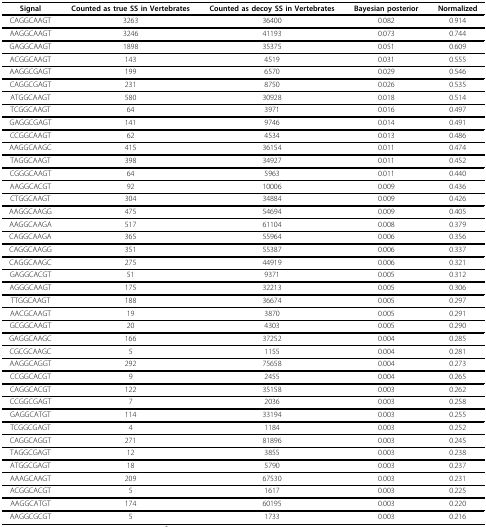
<table><thead><tr><td><b>Signal</b></td><td><b>Counted as true SS in Vertebrates</b></td><td><b>Counted as decoy SS in Vertebrates</b></td><td><b>Bayesian posterior</b></td><td><b>Normalized</b></td></tr></thead><tbody><tr><td>CAGGCAAGT</td><td>3263</td><td>36400</td><td>0.082</td><td>0.914</td></tr><tr><td>AAGGCAAGT</td><td>3246</td><td>41193</td><td>0.073</td><td>0.744</td></tr><tr><td>GAGGCAAGT</td><td>1898</td><td>35375</td><td>0.051</td><td>0.609</td></tr><tr><td>ACGGCAAGT</td><td>143</td><td>4519</td><td>0.031</td><td>0.555</td></tr><tr><td>AAGGCGAGT</td><td>199</td><td>6570</td><td>0.029</td><td>0.546</td></tr><tr><td>CAGGCGAGT</td><td>231</td><td>8750</td><td>0.026</td><td>0.535</td></tr><tr><td>ATGGCAAGT</td><td>580</td><td>30928</td><td>0.018</td><td>0.514</td></tr><tr><td>TCGGCAAGT</td><td>64</td><td>3971</td><td>0.016</td><td>0.497</td></tr><tr><td>GAGGCGAGT</td><td>141</td><td>9746</td><td>0.014</td><td>0.491</td></tr><tr><td>CCGGCAAGT</td><td>62</td><td>4534</td><td>0.013</td><td>0.486</td></tr><tr><td>AAGGCAAGC</td><td>415</td><td>36154</td><td>0.011</td><td>0.474</td></tr><tr><td>TAGGCAAGT</td><td>398</td><td>34927</td><td>0.011</td><td>0.452</td></tr><tr><td>CGGGCAAGT</td><td>64</td><td>5963</td><td>0.011</td><td>0.440</td></tr><tr><td>AAGGCACGT</td><td>92</td><td>10006</td><td>0.009</td><td>0.436</td></tr><tr><td>CTGGCAAGT</td><td>304</td><td>34884</td><td>0.009</td><td>0.426</td></tr><tr><td>AAGGCAAGG</td><td>475</td><td>54694</td><td>0.009</td><td>0.405</td></tr><tr><td>AAGGCAAGA</td><td>517</td><td>61104</td><td>0.008</td><td>0.379</td></tr><tr><td>CAGGCAAGA</td><td>365</td><td>55964</td><td>0.006</td><td>0.356</td></tr><tr><td>CAGGCAAGG</td><td>351</td><td>55387</td><td>0.006</td><td>0.337</td></tr><tr><td>CAGGCAAGC</td><td>275</td><td>44919</td><td>0.006</td><td>0.321</td></tr><tr><td>GAGGCACGT</td><td>51</td><td>9371</td><td>0.005</td><td>0.312</td></tr><tr><td>AGGGCAAGT</td><td>175</td><td>32213</td><td>0.005</td><td>0.306</td></tr><tr><td>TTGGCAAGT</td><td>188</td><td>36674</td><td>0.005</td><td>0.297</td></tr><tr><td>AACGCAAGT</td><td>19</td><td>3870</td><td>0.005</td><td>0.291</td></tr><tr><td>GCGGCAAGT</td><td>20</td><td>4303</td><td>0.005</td><td>0.290</td></tr><tr><td>GAGGCAAGC</td><td>166</td><td>37252</td><td>0.004</td><td>0.285</td></tr><tr><td>CGCGCAAGC</td><td>5</td><td>1155</td><td>0.004</td><td>0.281</td></tr><tr><td>AAGGCAGGT</td><td>292</td><td>75658</td><td>0.004</td><td>0.273</td></tr><tr><td>CCGGCACGT</td><td>9</td><td>2455</td><td>0.004</td><td>0.265</td></tr><tr><td>CAGGCACGT</td><td>122</td><td>35158</td><td>0.003</td><td>0.262</td></tr><tr><td>CCGGCGAGT</td><td>7</td><td>2036</td><td>0.003</td><td>0.258</td></tr><tr><td>GAGGCATGT</td><td>114</td><td>33194</td><td>0.003</td><td>0.255</td></tr><tr><td>TCGGCGAGT</td><td>4</td><td>1184</td><td>0.003</td><td>0.252</td></tr><tr><td>CAGGCAGGT</td><td>271</td><td>81896</td><td>0.003</td><td>0.245</td></tr><tr><td>TAGGCGAGT</td><td>12</td><td>3855</td><td>0.003</td><td>0.238</td></tr><tr><td>ATGGCGAGT</td><td>18</td><td>5790</td><td>0.003</td><td>0.237</td></tr><tr><td>AAAGCAAGT</td><td>209</td><td>67530</td><td>0.003</td><td>0.231</td></tr><tr><td>ACGGCACGT</td><td>5</td><td>1617</td><td>0.003</td><td>0.225</td></tr><tr><td>AAGGCATGT</td><td>174</td><td>60195</td><td>0.003</td><td>0.220</td></tr><tr><td>AAGGCGCGT</td><td>5</td><td>1733</td><td>0.003</td><td>0.216</td></tr></tbody></table>